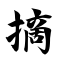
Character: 摘